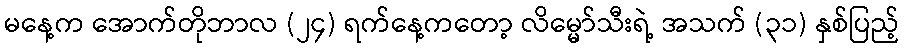
မနေ့က အောက်တိုဘာလ (၂၄) ရက်နေ့ကတော့ လိမ္မော်သီးရဲ့ အသက် (၃၁) နှစ်ပြည့်